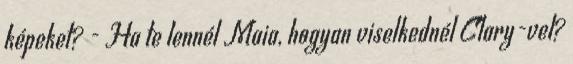
képeket? - Ha te lennél Maia, hogyan viselkednél Clary-vel?